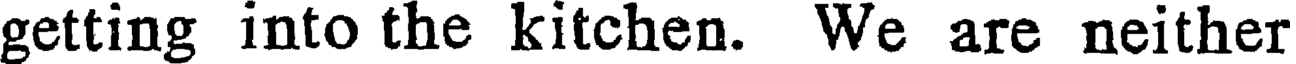
getting into the kitchen. We are neither